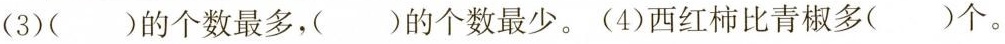
(3)( )的个数最多，( )的个数最少。 (4)西红柿比青椒多( )个。